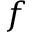
f